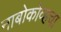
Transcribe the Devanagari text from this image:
नाबोकोव्हचा